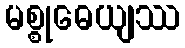
မစ္စုဓေယျဿ